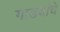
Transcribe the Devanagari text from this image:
गाडयांचे